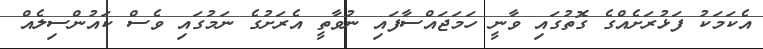
އެކަމަކު ފަޅުރަށެއްގެ ގޮތުގައި ވާނީ ހަމަޖައްސާފައި ނުވާތީ އެރަށުގެ ނަމުގައި ވެސް ކައުންސިލެއް